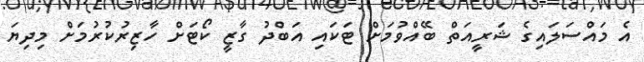
އެ މައްސަލައިގެ ޝަރީއަތް ބޭއްވުމަށް ޓަކައި އަބްދު ގާޒީ ކޯޓަށް ހާޒިރުކުރުމަށް މިދިޔަ